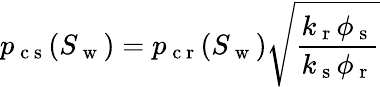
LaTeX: p_{\mathrm{~c~s~}}(S_{\mathrm{~w~}})=p_{\mathrm{~c~r~}}(S_{\mathrm{~w~}})\sqrt{\frac{k_{\mathrm{~r~}}\phi_{\mathrm{~s~}}}{k_{\mathrm{~s~}}\phi_{\mathrm{~r~}}}}